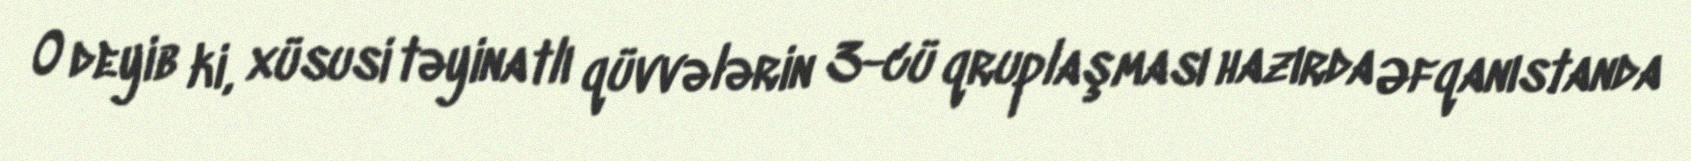
O deyib ki, xüsusi təyinatlı qüvvələrin 3-cü qruplaşması hazırda Əfqanıstanda